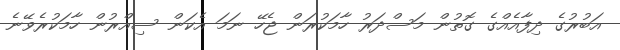
އަބުރުގެ ދިފާއެއްގެ ގޮތުން މަސްދަރު ހާމަކުރަން ޖެހޭ ނަމަ އެކަން ސިއްރުން ހާމަކުރެވޭނެ